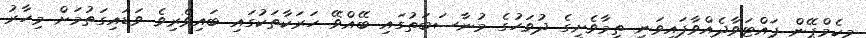
މިކެމްޕޭން ފައްޓަވާދެއްވާފައިވަނީ ތިމާވެށީގެ ދުވަހުގެ މުނާސަބަތުގައި ބޭއްވޭ ހަރަކާތަކުގައި ބައިވެރިވެ ވަޑައިގަތުމަށް މިހާރު